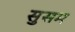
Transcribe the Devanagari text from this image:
सुसम